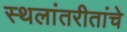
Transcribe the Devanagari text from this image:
स्थलांतरीतांचे